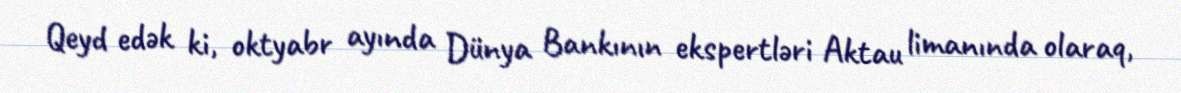
Qeyd edək ki, oktyabr ayında Dünya Bankının ekspertləri Aktau limanında olaraq,